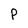
Character: P